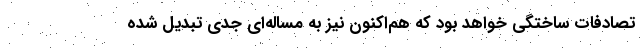
تصادفات ساختگي خواهد بود كه هم‌اكنون نيز به مساله‌اي جدي تبديل شده